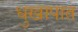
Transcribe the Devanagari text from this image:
धुखापात